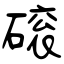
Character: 磙